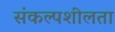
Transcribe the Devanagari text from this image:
संकल्पशीलता